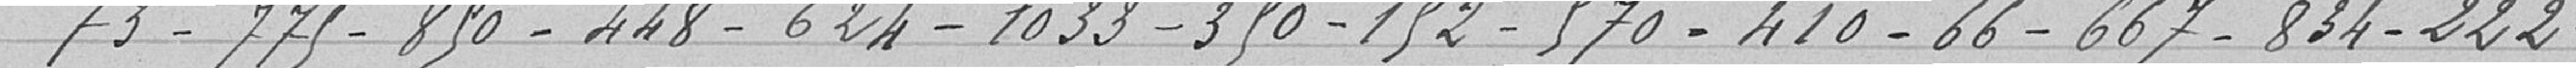
73-775-850-448-624-1033-350-152-570-410-66-667-834-222-